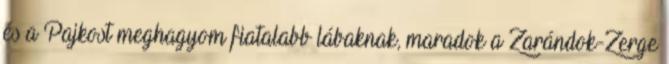
és a Pajkost meghagyom fiatalabb lábaknak, maradok a Zarándok-Zerge